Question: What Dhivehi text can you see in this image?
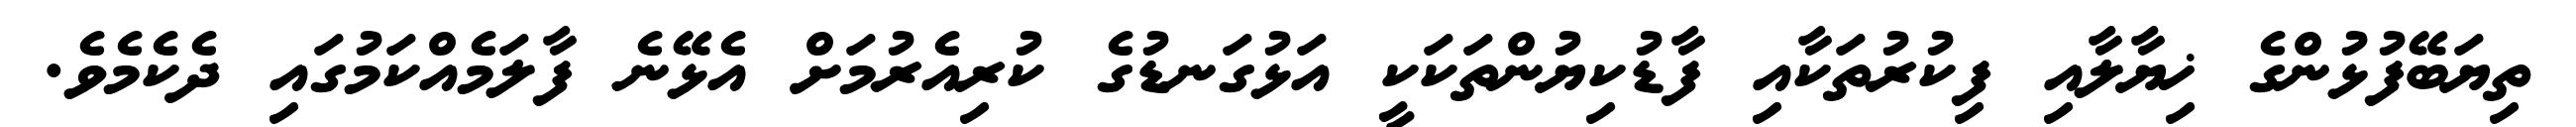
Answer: ތިޔަބޭފުޅުންގެ ޚިޔާލާއި ފިކުރުތަކާއި ފާޑުކިޔުންތަކަކީ އަޅުގަނޑުގެ ކުރިއެރުމަށް އެޅޭނެ ފާލަމެއްކަމުގައި ދެކެމެވެ.